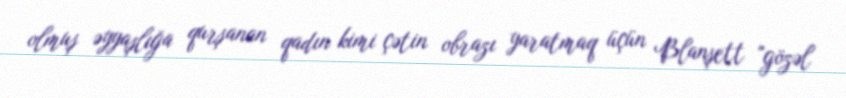
olmuş əyyaşlığa qurşanan qadın kimi çətin obrazı yaratmaq üçün Blanşett "gözəl